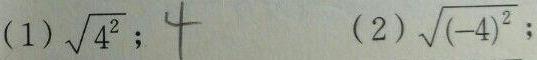
(1) $\sqrt{4^{2}}$;  (2) $\sqrt{(-4)^{2}}$;